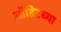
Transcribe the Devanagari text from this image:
ऑडिटच्या